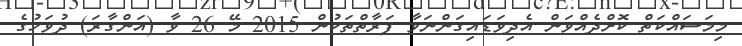
މިމަސައްކަތް ކޮށްދެއްވަން އެދިވަޑައިގަންނަވާ ފަރާތްތަކުން 2015 މޭ 26 ވާ (އަންގާރަ) ދުވަހުގެ